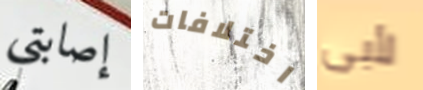
إصابتي اختلافات لأبى